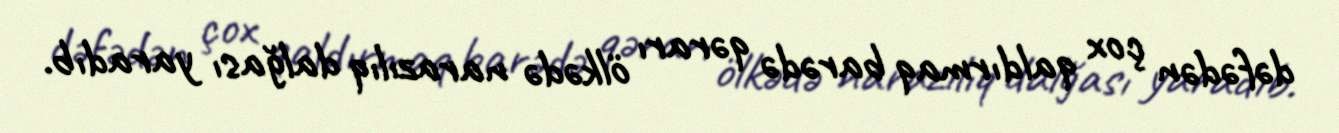
dəfədən çox qaldırmaq barədə qərarı ölkədə narazılıq dalğası yaradıb.